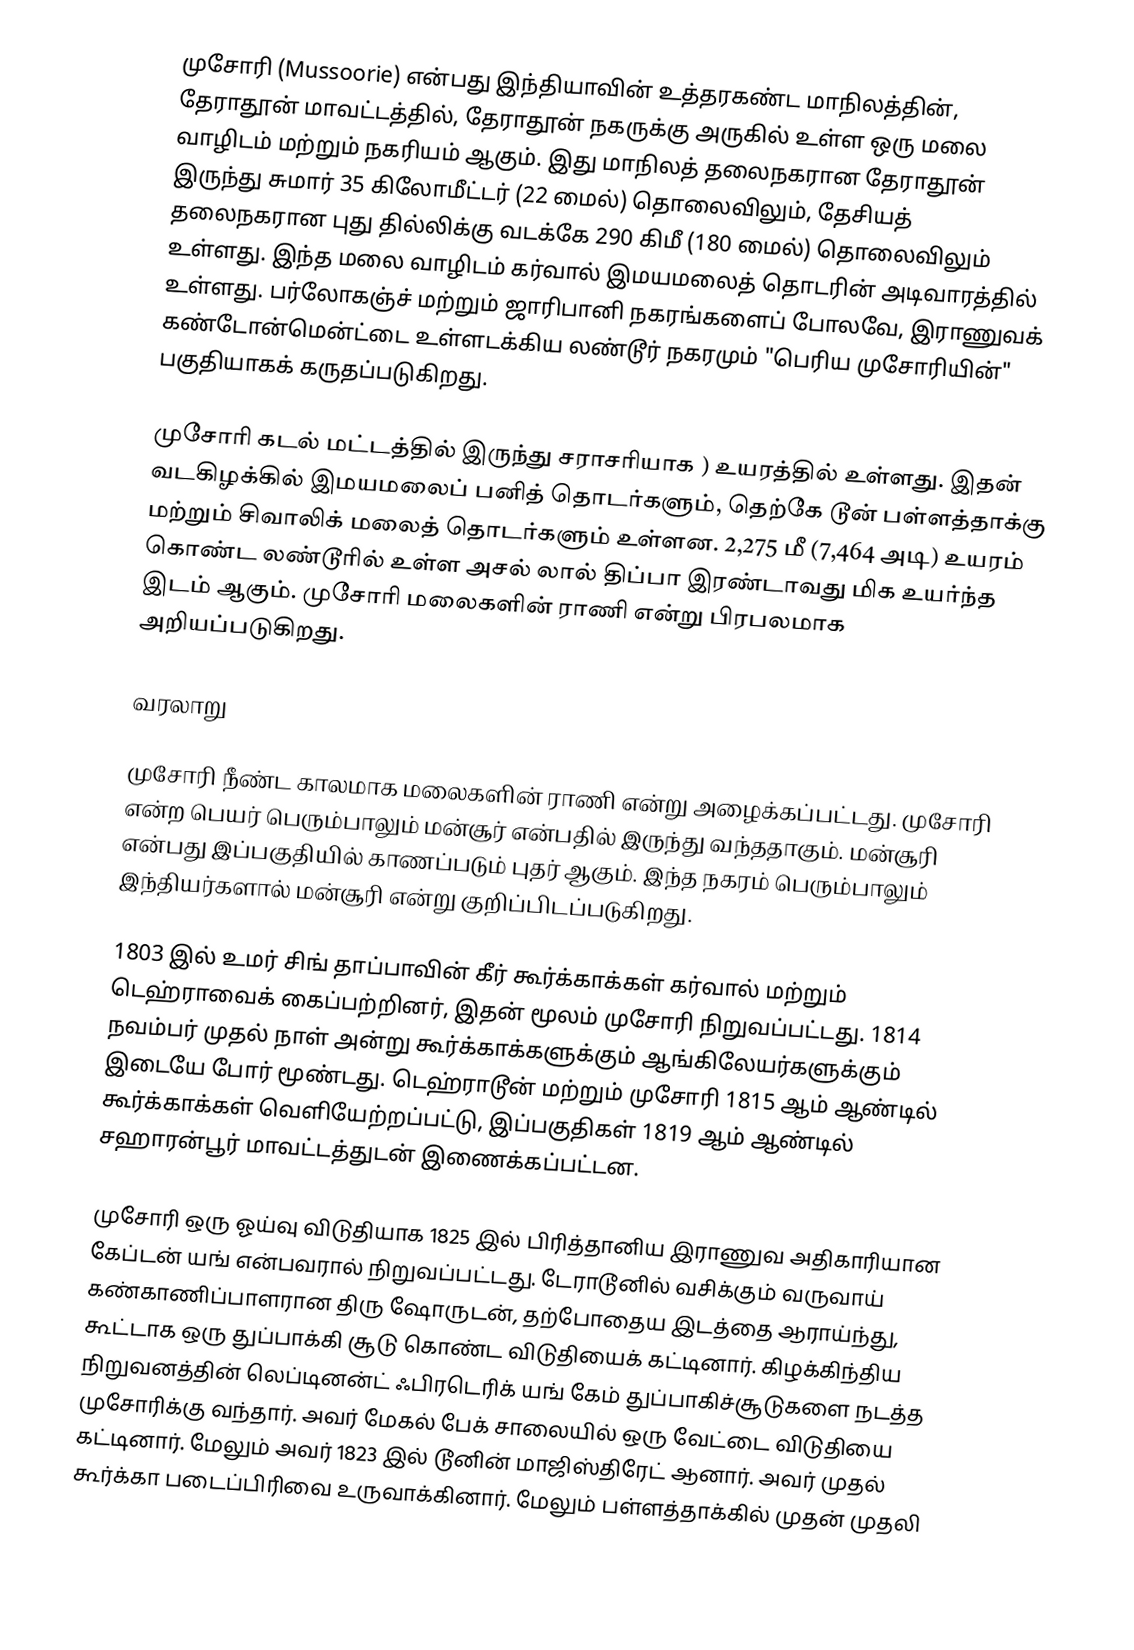
முசோரி (Mussoorie) என்பது இந்தியாவின் உத்தரகண்ட மாநிலத்தின், தேராதூன் மாவட்டத்தில், தேராதூன் நகருக்கு அருகில் உள்ள ஒரு மலை வாழிடம் மற்றும் நகரியம் ஆகும். இது மாநிலத் தலைநகரான தேராதூன் இருந்து சுமார் 35 கிலோமீட்டர் (22 மைல்) தொலைவிலும், தேசியத் தலைநகரான புது தில்லிக்கு வடக்கே 290 கிமீ (180 மைல்) தொலைவிலும் உள்ளது. இந்த மலை வாழிடம் கர்வால் இமயமலைத் தொடரின் அடிவாரத்தில் உள்ளது. பர்லோகஞ்ச் மற்றும் ஜாரிபானி நகரங்களைப் போலவே, இராணுவக் கண்டோன்மென்ட்டை உள்ளடக்கிய லண்டூர் நகரமும் "பெரிய முசோரியின்" பகுதியாகக் கருதப்படுகிறது.

முசோரி கடல் மட்டத்தில் இருந்து சராசரியாக  ) உயரத்தில் உள்ளது. இதன் வடகிழக்கில் இமயமலைப் பனித் தொடர்களும், தெற்கே டூன் பள்ளத்தாக்கு மற்றும் சிவாலிக் மலைத் தொடர்களும் உள்ளன. 2,275 மீ (7,464 அடி) உயரம் கொண்ட லண்டூரில் உள்ள அசல் லால் திப்பா இரண்டாவது மிக உயர்ந்த இடம் ஆகும். முசோரி மலைகளின் ராணி என்று பிரபலமாக அறியப்படுகிறது.

வரலாறு

முசோரி நீண்ட காலமாக மலைகளின் ராணி என்று அழைக்கப்பட்டது. முசோரி என்ற பெயர் பெரும்பாலும் மன்சூர் என்பதில் இருந்து வந்ததாகும். மன்சூரி என்பது இப்பகுதியில் காணப்படும் புதர் ஆகும். இந்த நகரம் பெரும்பாலும் இந்தியர்களால் மன்சூரி என்று குறிப்பிடப்படுகிறது.

1803 இல் உமர் சிங் தாப்பாவின் கீர் கூர்க்காக்கள் கர்வால் மற்றும் டெஹ்ராவைக் கைப்பற்றினர், இதன் மூலம் முசோரி நிறுவப்பட்டது. 1814  நவம்பர் முதல் நாள் அன்று கூர்க்காக்களுக்கும் ஆங்கிலேயர்களுக்கும் இடையே போர் மூண்டது. டெஹ்ராடூன் மற்றும் முசோரி 1815 ஆம் ஆண்டில் கூர்க்காக்கள் வெளியேற்றப்பட்டு, இப்பகுதிகள் 1819 ஆம் ஆண்டில் சஹாரன்பூர் மாவட்டத்துடன் இணைக்கப்பட்டன.

முசோரி ஒரு ஓய்வு விடுதியாக 1825 இல் பிரித்தானிய இராணுவ அதிகாரியான கேப்டன் யங் என்பவரால் நிறுவப்பட்டது. டேராடூனில் வசிக்கும் வருவாய் கண்காணிப்பாளரான திரு ஷோருடன், தற்போதைய இடத்தை ஆராய்ந்து, கூட்டாக ஒரு துப்பாக்கி சூடு கொண்ட விடுதியைக் கட்டினார்.  கிழக்கிந்திய நிறுவனத்தின் லெப்டினன்ட் ஃபிரடெரிக் யங் கேம் துப்பாகிச்சூடுகளை நடத்த முசோரிக்கு வந்தார்.  அவர் மேகல் பேக் சாலையில் ஒரு வேட்டை விடுதியை கட்டினார். மேலும் அவர் 1823 இல் டூனின் மாஜிஸ்திரேட் ஆனார். அவர் முதல் கூர்க்கா படைப்பிரிவை உருவாக்கினார். மேலும் பள்ளத்தாக்கில் முதன் முதலி